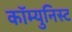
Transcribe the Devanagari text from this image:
कॉम्युनिस्ट